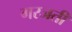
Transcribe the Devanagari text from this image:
गरजती